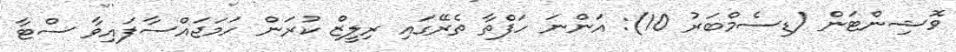
ވޮޝިންޓަން (ޑިސެމްބަރު 10): އަންނަ ހަފްތާ ތެރޭގައި ރިލީޒް ކުރަން ހަމަޖައްސާފައިވާ ސްޓާ